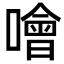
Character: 噲